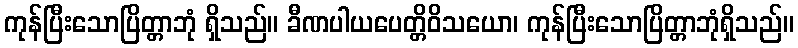
ကုန်ပြီးသောပြိတ္တာဘုံ ရှိသည်။ ခီဏပါယပေတ္တိဝိသယော၊ ကုန်ပြီးသောပြိတ္တာဘုံရှိသည်။